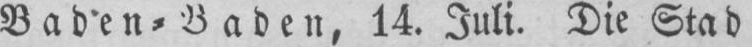
Baden⸗Baden, 14. Juli. Die Stad